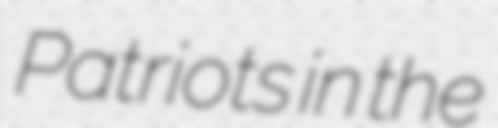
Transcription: Patriots in the